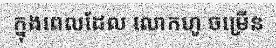
ក្នុងពេលដែល លោកហូ ចម្រើន